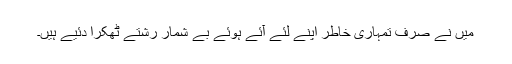
میں نے صرف تمہاری خاطر اپنے لئے آئے ہوئے بے شمار رشتے ٹھکرا دئیے ہیں۔